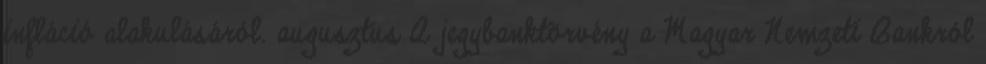
infláció alakulásáról. augusztus A jegybanktörvény a Magyar Nemzeti Bankról